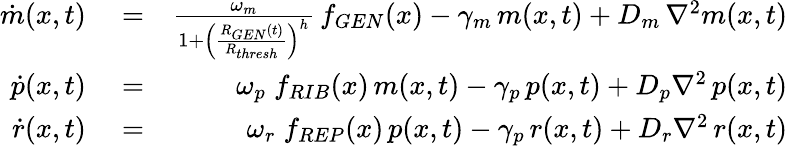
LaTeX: \begin{array}{rlr}{\dot{m}(x,t)}&{{}=}&{\frac{\omega_{m}}{1+\left(\frac{R_{GEN}(t)}{R_{thresh}}\right)^{h}}\, f_{GEN}(x)-\gamma_{m}\, m(x,t)+D_{m}\, \nabla^{2}m(x,t)}\\ {\dot{p}(x,t)}&{{}=}&{\omega_{p}\; f_{RIB}(x)\, m(x,t)-\gamma_{p}\, p(x,t)+D_{p}\nabla^{2}\, p(x,t)}\\ {\dot{r}(x,t)}&{{}=}&{\omega_{r}\; f_{REP}(x)\, p(x,t)-\gamma_{p}\, r(x,t)+D_{r}\nabla^{2}\, r(x,t)}\end{array}